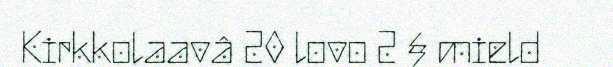
Kirkkolaavâ 20 lovo 2 § mield